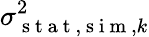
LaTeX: \sigma_{\mathrm{~s~t~a~t~},\mathrm{~s~i~m~},k}^{2}